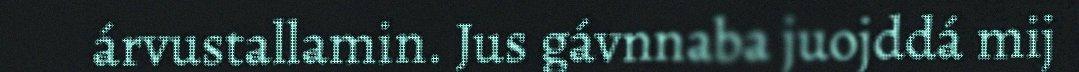
árvustallamin. Jus gávnnaba juojddá mij